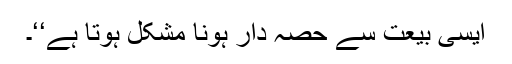
ایسی بیعت سے حصہ دار ہونا مشکل ہوتا ہے‘‘۔